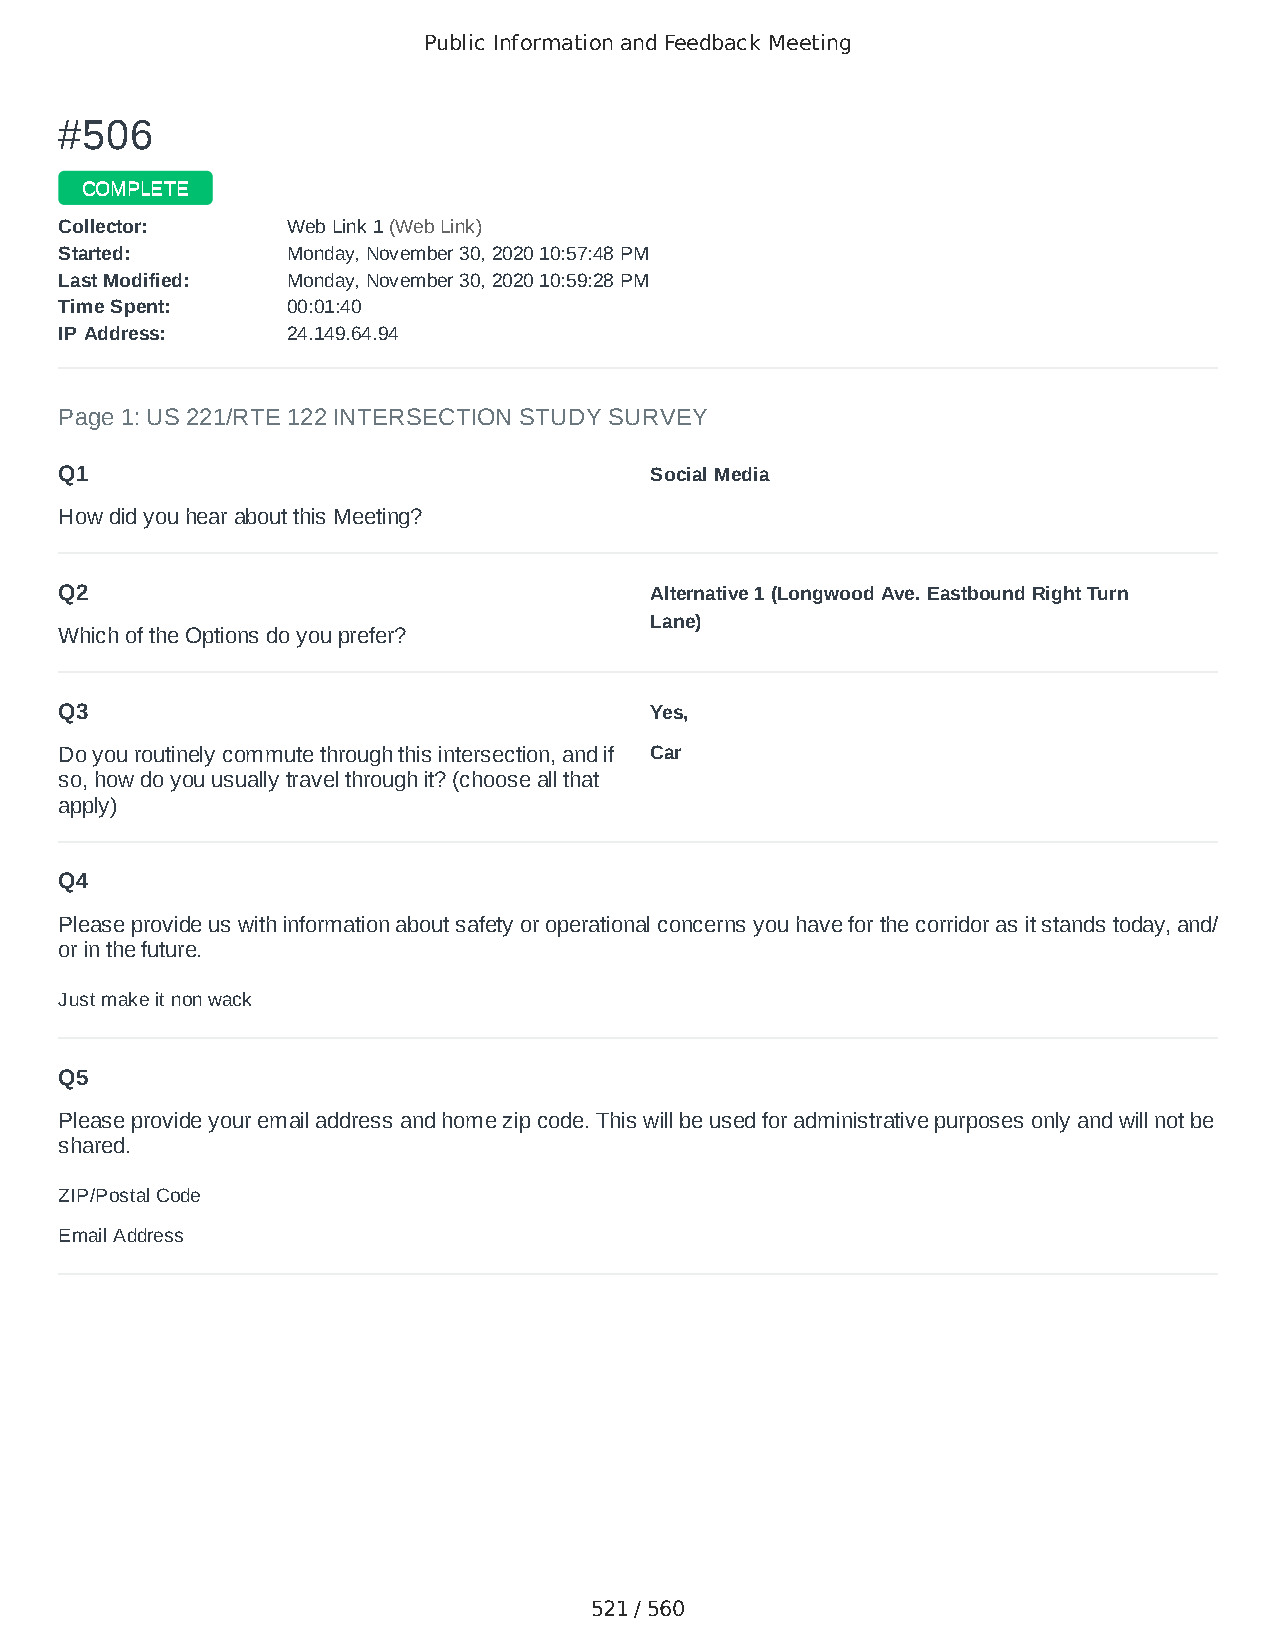
Public Information and Feedback Meeting
 ##550066
 CCOOMMPPLLEETTEE
 CCoolllleeccttoorr:: WWeebb LLiinnkk 11 ((WWeebb LLiinnkk))
 SSttaarrtteedd:: MMoonnddaayy,, NNoovveemmbbeerr 3300,, 22002200 1100::5577::4488 PPMM
 LLaasstt MMooddiiffiieedd:: MMoonnddaayy,, NNoovveemmbbeerr 3300,, 22002200 1100::5599::2288 PPMM
 TTiimmee SSppeenntt:: 0000::0011::4400
 IIPP AAddddrreessss:: 2244..114499..6644..9944
 Page 1: US 221/RTE 122 INTERSECTION STUDY SURVEY
 Q1                                     Social Media
 How did you hear about this Meeting?
 Q2                                     Alternative 1 (Longwood Ave. Eastbound Right Turn
 Lane)
 Which of the Options do you prefer?
 Q3                                     Yes,
 Do you routinely commute through this intersection, and if Car
 so, how do you usually travel through it? (choose all that
 apply)
 Q4
 Please provide us with information about safety or operational concerns you have for the corridor as it stands today, and/
 or in the future.
 Just make it non wack
 Q5
 Please provide your email address and home zip code. This will be used for administrative purposes only and will not be
 shared.
 ZIP/Postal Code                        24523
 Email Address                          ethanparker89@icloud.com
 521 / 560